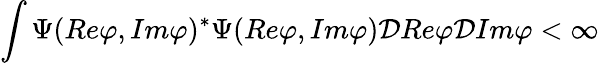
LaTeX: \int\Psi(Re\varphi,Im\varphi)^{\ast}\Psi(Re\varphi,Im\varphi){\cal D}Re\varphi{\cal D}Im\varphi<\infty